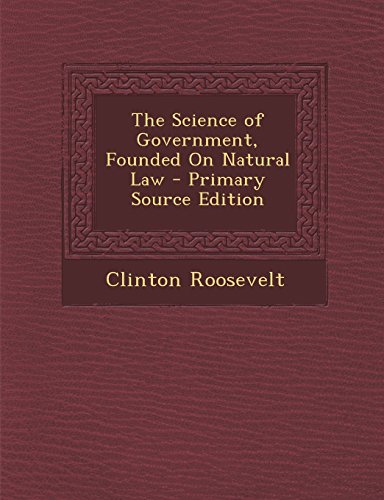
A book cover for The Science of Government, Founded On Natural Law; Clinton Roosevelt; Law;